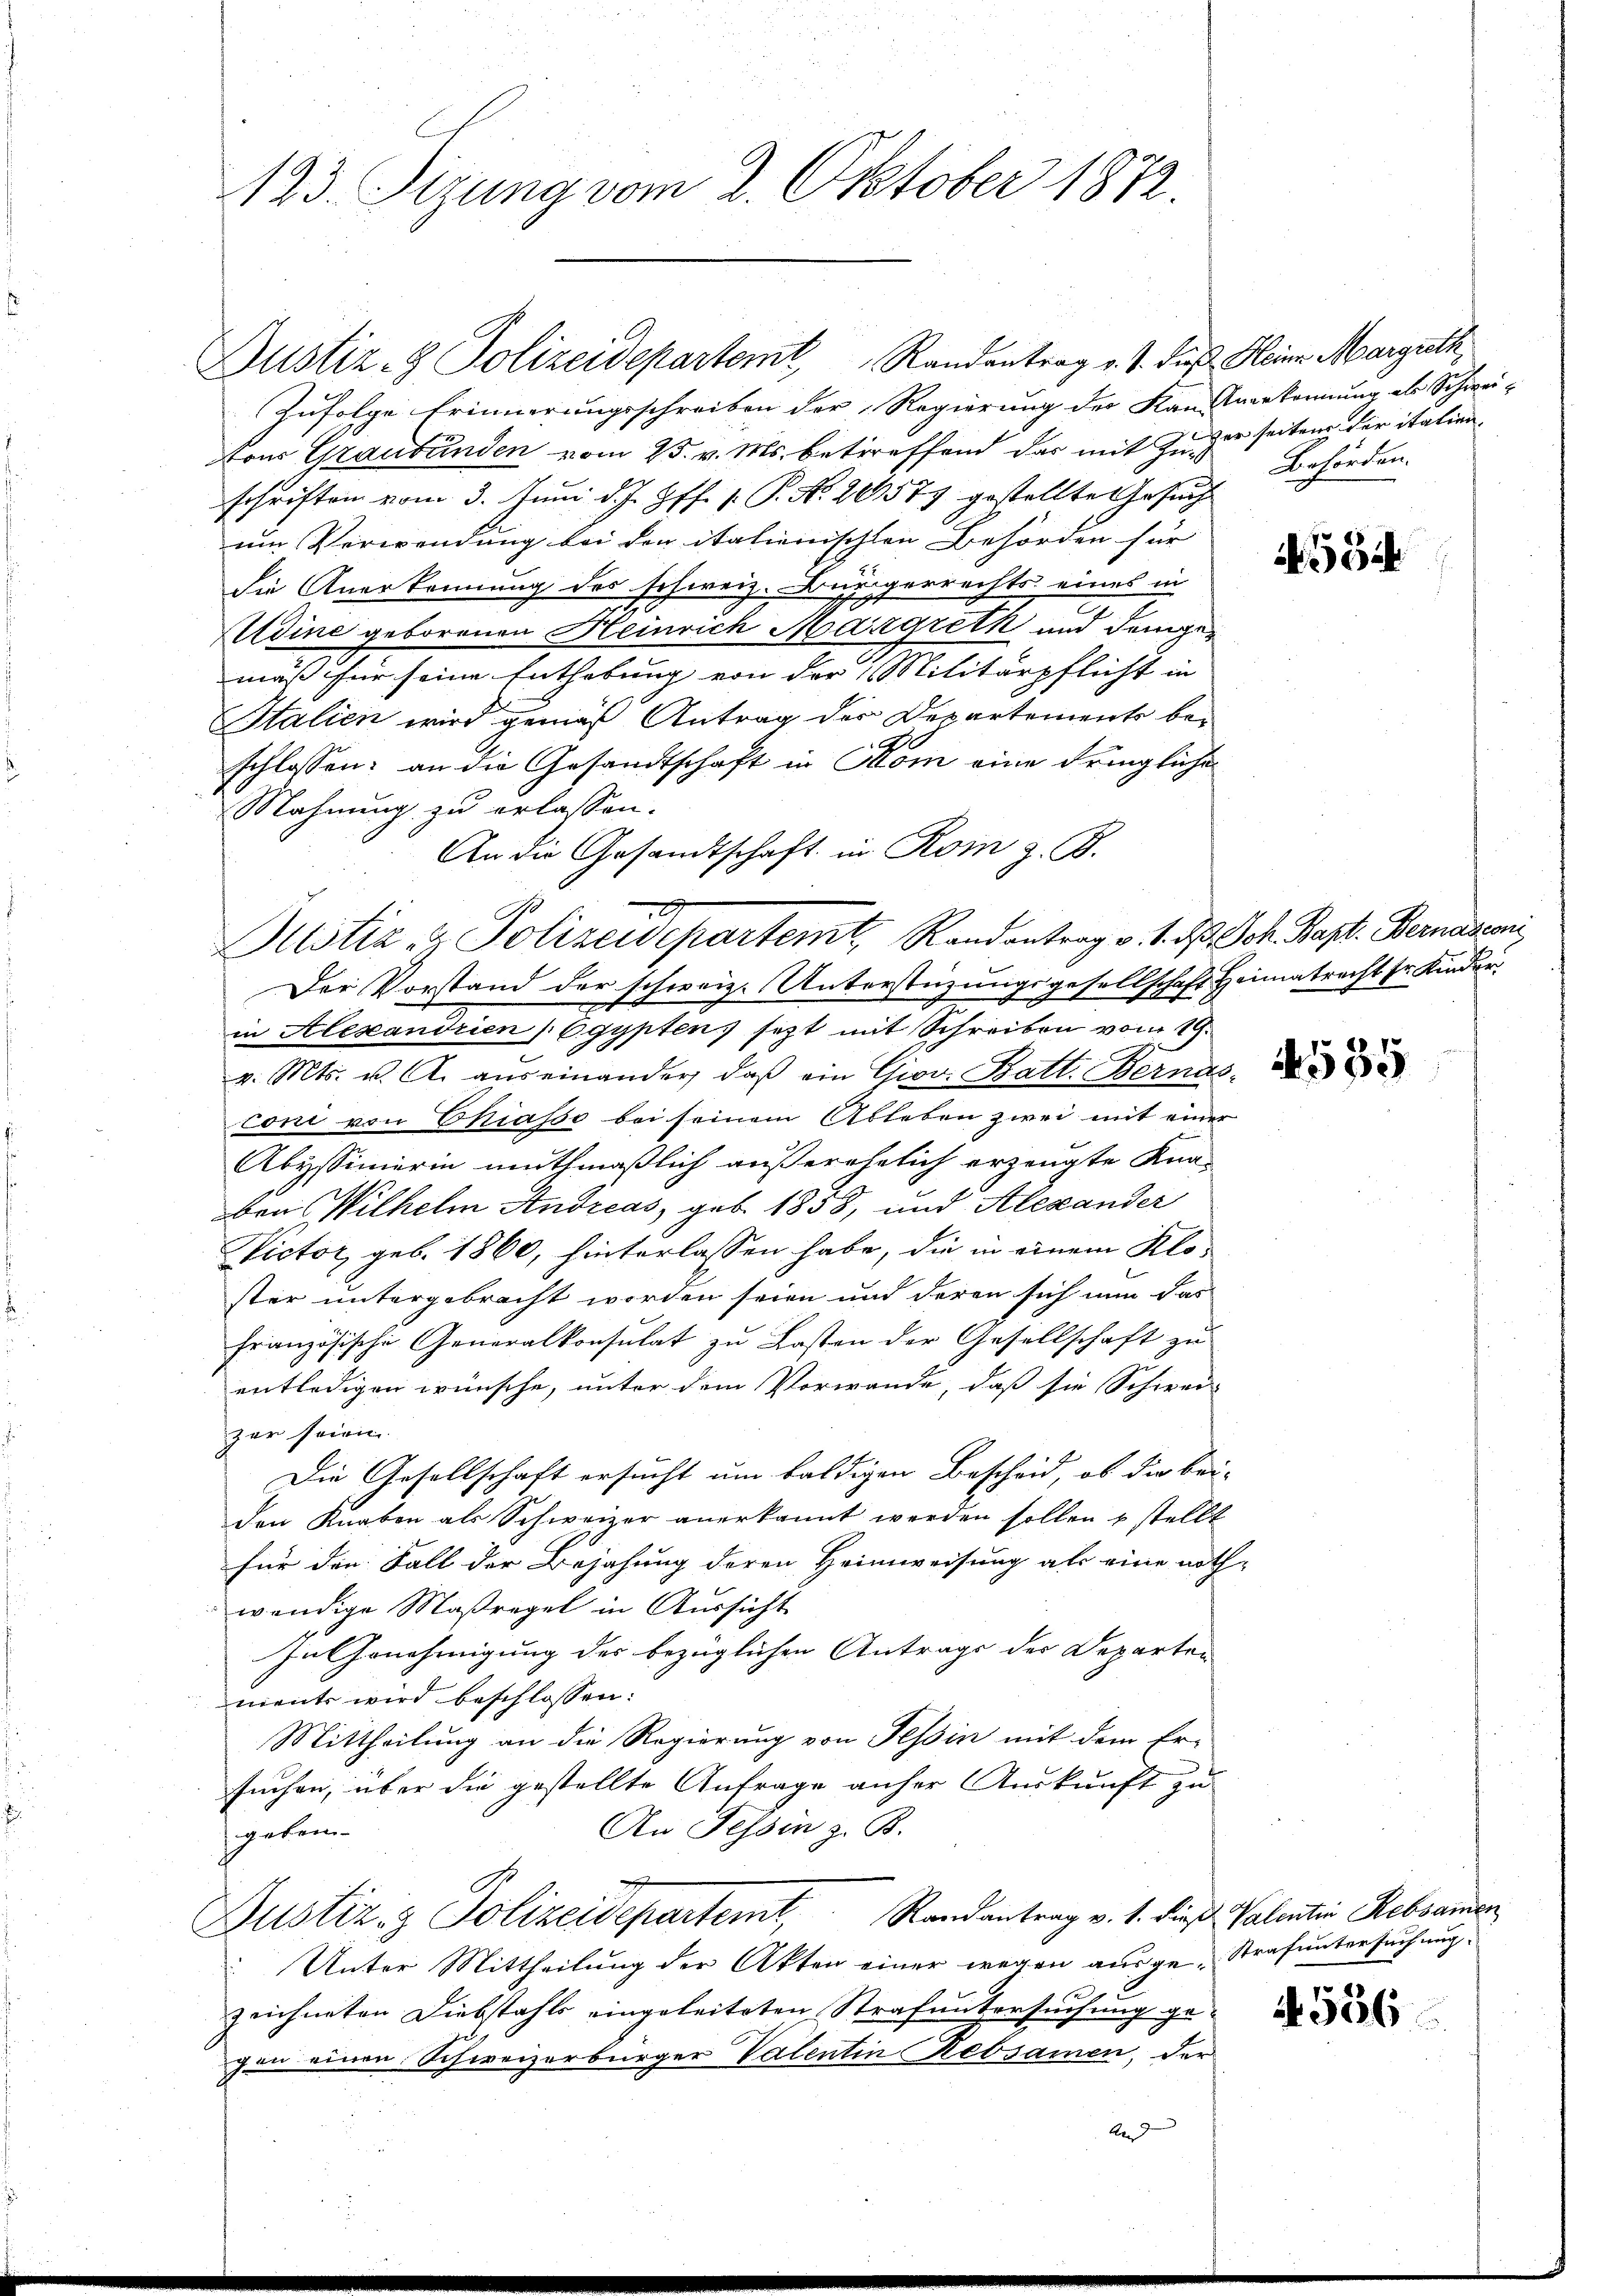
123. Sizung vom 2. Oktober 1872.

Dustiz- & Polizeidepartemt, Randentrag v. J. dieß Heine Margrath,
Zufolge Erinnerungsschreiben der Regierung der Kanstverkennung ab Schwei-
tons Graubünden vom 25. v. Ms. betreffend das mit zu der seiten der italien,
schriften vom 3. Juni d. J. Gff. 1. P. Nr. 20579 gestellte Gesŭch
um Verwendung bei den italienischen Behörden für
die Anerkennung des schweiz. Burgerrechts eines in
Adine geborenen Heinrich Margreth und demgemäß für seine Enthebung von der Militärpflicht in
SItalien wird gemäß Antrag der Departements beschlossen: an die Gesandtschaft in Rom eine dringliche
Mahnung zu erlassen.
An die Gesandtschaft in Rom z. B.
d
Pustiz- & Polizeidepartemt, Randantrag v. 1. d. Joh. Bapt. Bernasconi
Der Vorstand der schweiz. Unterstüzungsgesellschaft Heimatrecht sr. Kinder
2
in Alexandrien, Egypten setzt mit Schreiben vom 19.
v. Mts. u. A. aŭs einander, daß ein Gior. Batt. Bernas,
coni von Ekiasso bei seinem Ableben zwei mit einer
Abyssinierin muthmaßlich außerehelich erzeugte Kna-
ben Wilhelm Andreas, geb. 1858, und Alexander
Nictor, geb. 1860, hinterlassen habe, die in einem Kloster untergebracht worden seien und deren sich nun das
Französische Generalkonsulat zu Lasten der Gesellschaft zu
entledigen wünsche, unter dem Vorwande, daß sie Schwer-
zer seien
Die Gesellschaft ersucht um baldigen Bescheid, ob die bei-
den Knaben als Schweizer anerkannt werden sollen u stellt
für den Fall der Bejahung deren Heimweisung als eine noth-
wendige Maßregel in Aussicht
In Genehmigung der bezüglichen Antrags der Departen
ments wird beschlossen:
Mittheilung an die Regierung von Tessin mit dem Er-
suchen, über die gestellte Anfrage anher Auskunft zu
An Tessin z. B.
geben
Justiz- & Polizeidepartemt, Randantrag v. 1. dieß Valentin Rebsamen
Unter Mittheilung der Akten einer wegen ausge-Strafuntersuchung
zeichneten Diebstahls eingeleiteten Strafuntersuchung gegen einen Schweizerbürger Valentin Rebsamen, der
Ae

Behörden.

5

if. 556